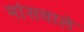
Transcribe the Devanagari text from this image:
मांसवाले